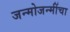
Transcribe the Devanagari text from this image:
जन्मोजन्मींचा